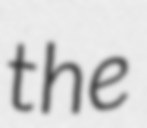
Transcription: the